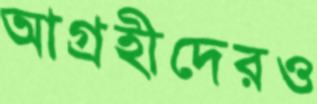
আগ্রহীদেরও